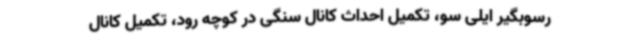
رسوبگیر ایلی سو، تکمیل احداث کانال سنگی در کوچه رود، تکمیل کانال